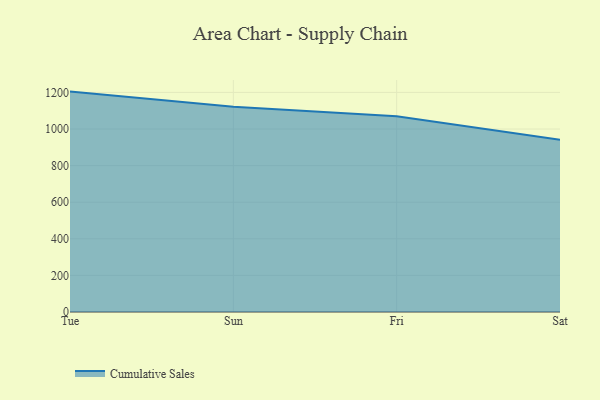
{"axis": {"x": "Day", "y": "Headcount"}, "legend": ["Cumulative Sales"], "data": [{"x": "Tue", "y": 1204.5, "type": "Cumulative Sales"}, {"x": "Sun", "y": 1121.7, "type": "Cumulative Sales"}, {"x": "Fri", "y": 1070.1, "type": "Cumulative Sales"}, {"x": "Sat", "y": 941.0, "type": "Cumulative Sales"}]}